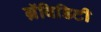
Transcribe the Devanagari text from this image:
ग्रॅविडिटी